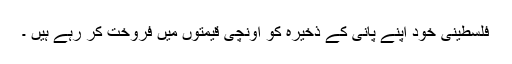
فلسطینی خود اپنے پانی کے ذخیرہ کو اونچی قیمتوں میں فروخت کر رہے ہیں ۔